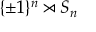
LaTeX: \{ \pm 1 \} ^ { n } \rtimes S _ { n }